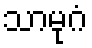
သာမုဂံ